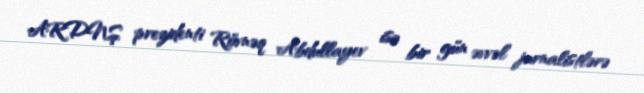
ARDNŞ prezidenti Rövnəq Abdullayev isə bir gün əvvəl jurnalistlərə